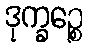
ဒုက္ခဉ္စေ